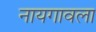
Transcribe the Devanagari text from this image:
नायगावला